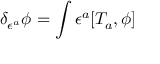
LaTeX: \delta _ { \epsilon ^ { a } } \phi = \int \epsilon ^ { a } [ T _ { a } , \phi ]